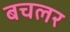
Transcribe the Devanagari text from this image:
बचलर